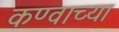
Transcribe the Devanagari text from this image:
कण्वाच्या